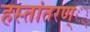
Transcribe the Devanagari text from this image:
हस्तांतरण््